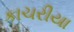
કાચરીયા